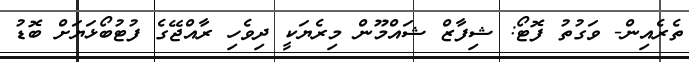
ތެރެއިން- ވަގުތު ފޮޓޯ: ޝިފާޒް ޝައްމޫން މިރެޔަކީ ދިވެހި ރާއްޖޭގެ ފުޓުބޯޅަޔަށް ބޮޑު